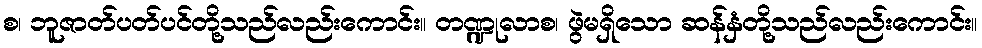
စ၊ ဘူဇာတ်ပတ်ပင်တို့သည်လည်းကောင်း။ တဏ္ဍုလာစ၊ ဖွဲမရှိသော ဆန်နှံတို့သည်လည်းကောင်း။